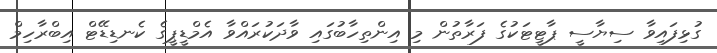
ގުޅިފައިވާ ސިޔާސީ ޕާޓީޓަކުގެ ފަރާތުން މި އިންތިހާބުގައި ވާދަކުރައްވާ އެމްޑީޕީގެ ކެނޑިޑޭޓް އިބްރާހިމް